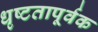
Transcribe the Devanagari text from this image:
धृष्टतापूर्वक